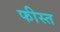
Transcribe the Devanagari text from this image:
फीस्त